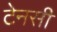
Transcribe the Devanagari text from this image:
टेनसी